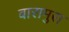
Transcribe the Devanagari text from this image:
बारामुरा